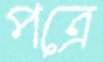
পত্রে